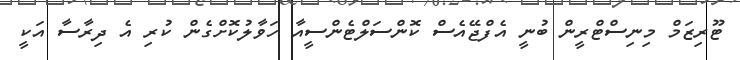
ޓޫރިޒަމް މިނިސްޓްރީން ބުނީ އެފްޖޭއެސް ކޮންސަލްޓެންސީއާ ހަވާލުކޮށްގެން ކުރި އެ ދިރާސާ އަކީ